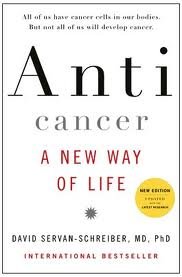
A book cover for Anticancer, A New Way of Life, New Edition Publisher: Viking Adult; New edition; PhD, David Servan-Schreiber MD; Health, Fitness & Dieting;